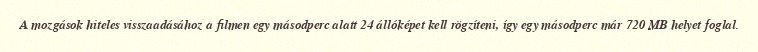
A mozgások hiteles visszaadásához a filmen egy másodperc alatt 24 állóképet kell rögzíteni, így egy másodperc már 720 MB helyet foglal.